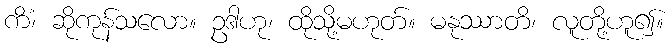
ကိံ၊ ဆိုကုန်သလော။ ဥဒါဟု၊ ထိုသို့မဟုတ်။ မနုဿာတိ၊ လူတို့ဟူ၍။